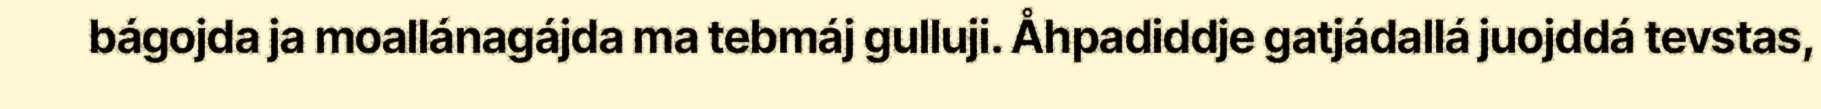
bágojda ja moallánagájda ma tebmáj gulluji. Åhpadiddje gatjádallá juojddá tevstas,